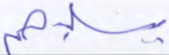
يسلبهم